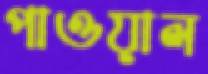
পাওয়াল